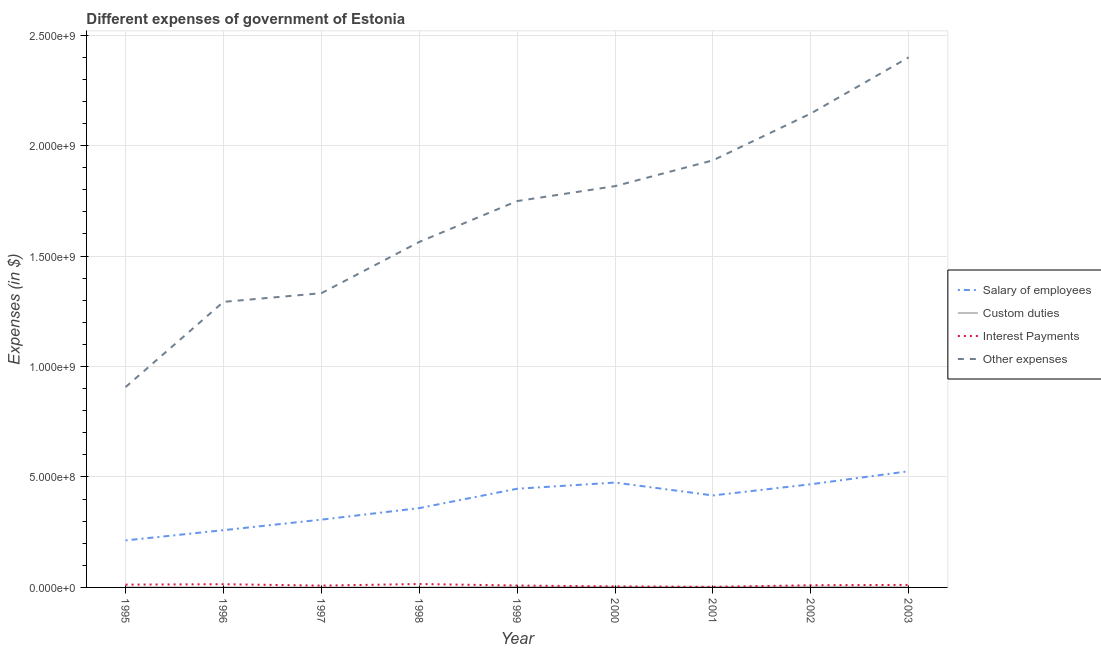
| Year | Salary of employees | Custom duties | Interest Payments | Other expenses |
 | --- | --- | --- | --- | --- |
 | 1995 | 2.13e+08 | 5e+05 | 1.27e+07 | 9.07e+08 |
 | 1996 | 2.59e+08 | 3e+04 | 1.45e+07 | 1.29e+09 |
 | 1997 | 3.07e+08 | 4e+04 | 8.3e+06 | 1.33e+09 |
 | 1998 | 3.59e+08 | 1e+04 | 1.54e+07 | 1.56e+09 |
 | 1999 | 4.47e+08 | 2.26e+06 | 8.7e+06 | 1.75e+09 |
 | 2000 | 4.75e+08 | 2.56e+06 | 4.6e+06 | 1.82e+09 |
 | 2001 | 4.16e+08 | 2.45e+06 | 2.6e+06 | 1.93e+09 |
 | 2002 | 4.67e+08 | 3.41e+06 | 1e+07 | 2.15e+09 |
 | 2003 | 5.26e+08 | 7.8e+05 | 1.14e+07 | 2.4e+09 |